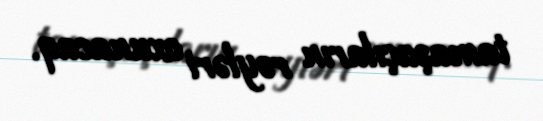
tamaşaçıların rəyləri oxunacaq.